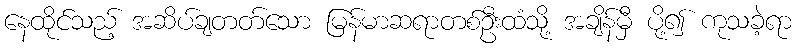
နေထိုင်သည့် အဆိပ်ချတတ်သော မြန်မာဆရာတစ်ဦးထံသို့ အချိန်မှီ ပို့၍ ကုသခဲ့ရာ